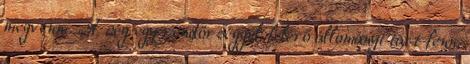
megvenni. „A cég egy rendőrséggel felérő állományt tart fenn,